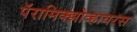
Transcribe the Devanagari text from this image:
पॅरामिक्झोव्हायरस